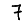
Digit: 7